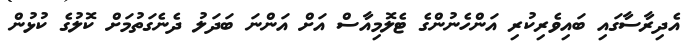
އެދިރާސާގައި ބައިވެރިކުރި އަންހެނުންގެ ޓެލޮމިއާސް އަށް އަންނަ ބަދަލު ދެނެގަތުމަށް ކޮލުގެ ކުޅުން